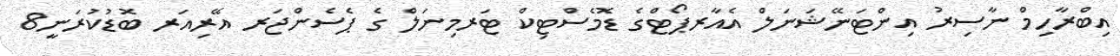
އިބްރާހިމް ނާސިރު އިންޓަނޭޝަނަލް އެއާރޕޯޓްގެ ޑޮމެސްޓިކް ޓަރމިނަލް ގެ ޕެސެންޖަރ އޭރިއަރ ބޮޑުކުރަނީ8